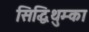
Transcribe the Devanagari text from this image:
सिद्धिथुम्का